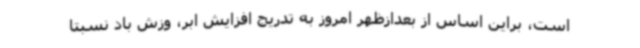
است، براین اساس از بعدازظهر امروز به تدریج افزایش ابر، وزش باد نسبتا